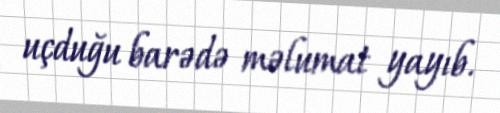
uçduğu barədə məlumat yayıb.